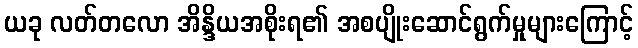
ယခု လတ်တလော အိန္ဒိယအစိုးရ၏ အစပျိုးဆောင်ရွက်မှုများကြောင့်